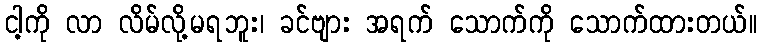
ငါ့ကို လာ လိမ်လို့မရဘူး၊ ခင်ဗျား အရက် သောက်ကို သောက်ထားတယ်။